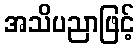
အသိပညာဖြင့်